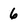
Character: 6